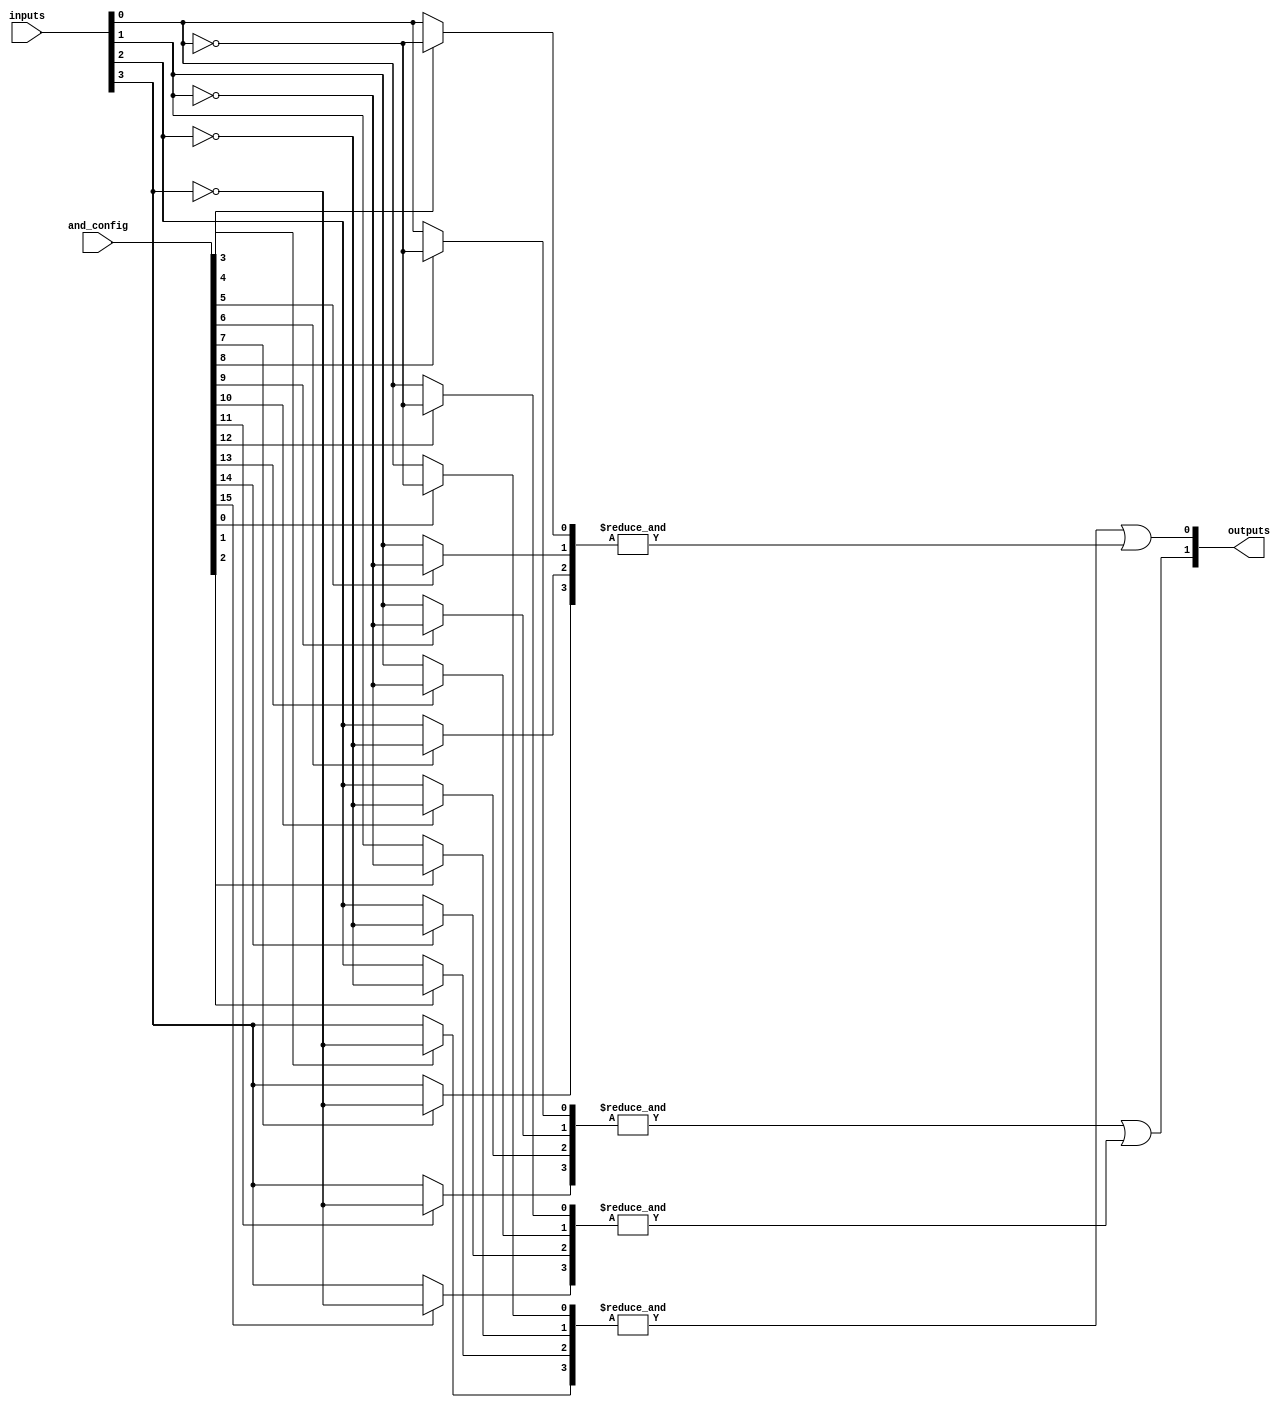
module GPAL #(
    parameter N = 4, // Number of inputs
    parameter K = 4, // Number of AND gates
    parameter M = 2  // Number of outputs
)(
    input wire [N-1:0] inputs,           // Input signals
    input wire [K*N-1:0] and_config,     // Configuration for AND gates (N bits per AND gate)
    output wire [M-1:0] outputs           // Output signals
);

// Internal signals
wire [K-1:0] and_outputs;               // Outputs from the AND gates

// Generate AND gates
genvar i, j;
generate
    for (i = 0; i < K; i = i + 1) begin : and_gates
        // Each AND gate can select from inputs or their complements
        wire [N-1:0] selected_inputs;
        for (j = 0; j < N; j = j + 1) begin
            assign selected_inputs[j] = and_config[i*N + j] ? ~inputs[j] : inputs[j];
        end
        
        assign and_outputs[i] = &selected_inputs; // AND operation
    end
endgenerate

// Fixed OR array combining the AND outputs
// Assuming a simple structure where each output can use any combination of AND gates
assign outputs[0] = and_outputs[0] | and_outputs[1]; // Example: Output 0 is the OR of AND gate 0 and 1
assign outputs[1] = and_outputs[2] | and_outputs[3]; // Example: Output 1 is the OR of AND gate 2 and 3

endmodule